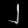
Digit: ၂